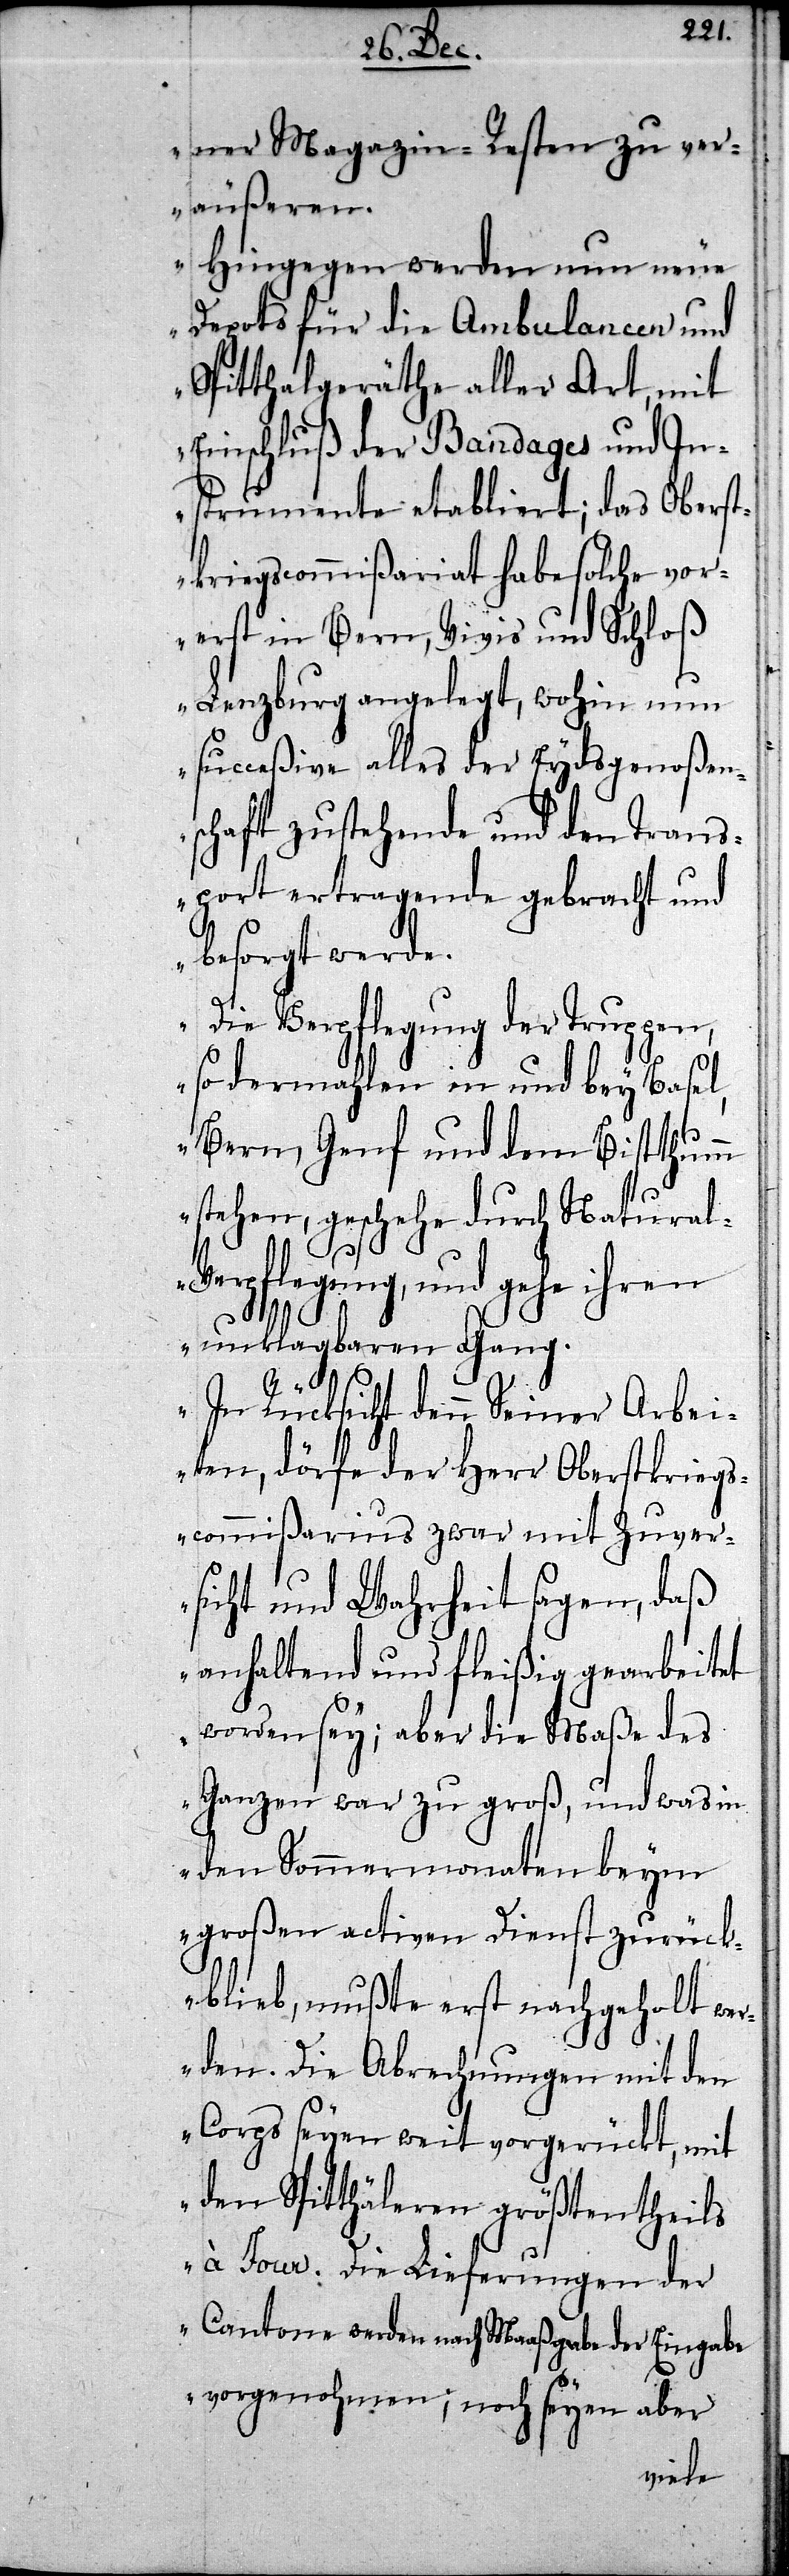
ner Magazin-Resten zu ver¬
äußeren.
Hingegen werden nun neue
Depots für die Ambulancen und
Spitthalgeräthe aller Art, mit
Einschluß der Bandages und In¬
strumente etabliert; das Oberst¬
kriegscommißariat habe solche vor¬
erst in Bern, Vivis und Schloß
Lenzburg angelegt, wohin nun
succeßive alles der Eydsgenoßens¬
chaft zustehende und den Trans¬
port ertragende gebracht und
besorgt werde.
Die Verpflegung der Truppen,
so dermahlen in und bey Basel,
Bern, Genf und dem Bistthumm
stehen, geschehe durch Natura¬
l-Verpflegung, und gehe ihren
unklagbaren Gang.
In Rücksicht denn Seiner Arbei¬
ten, dörfe der Herr Oberstkriegs¬
commißarius zwar mit Zuver¬
sicht und Wahrheit sagen, daß
anhaltend und fleißig gearbeitet
worden sey; aber die Maße des
Ganzen war zu groß, und was in
den Sommermonaten beym
großen activen Dienst zurück¬
blieb, mußte erst nachgeholt we¬
rden. Die Abrechnungen mit den
Corps seyen weit vorgerückt, mit
den Spittäleren größtentheils
à Jour. Die Lieferungen der
Cantone werden nach Maaßgabe der Eingabe
vorgenohmen; noch seyen aber